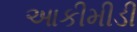
આકીમીડી